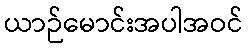
ယာဉ်မောင်းအပါအဝင်